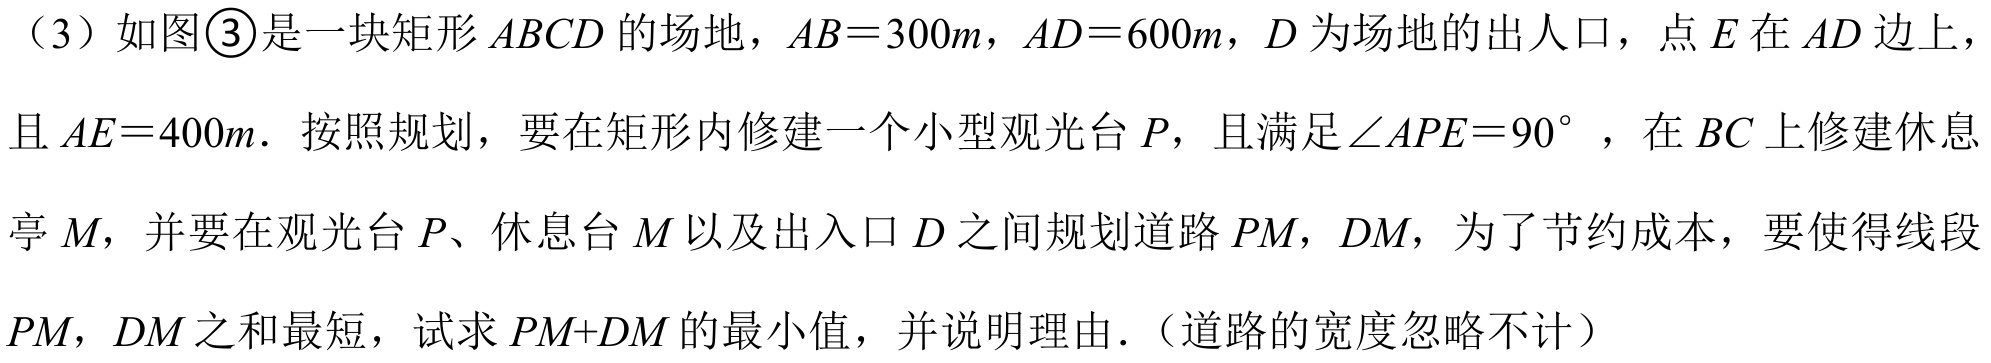
（3）如图\textcircled{3}是一块矩形\(ABCD\)的场地，\(AB = 300m\)，\(AD = 600m\)，\(D\)为场地的出入口，点\(E\)在\(AD\)边上，且\(AE = 400m\)．按照规划，要在矩形内修建一个小型观光台\(P\)，且满足\(\angle APE = 90^{\circ}\)，在\(BC\)上修建休息亭\(M\)，并要在观光台\(P\)、休息台\(M\)以及出入口\(D\)之间规划道路\(PM\)，\(DM\)，为了节约成本，要使得线段\(PM\)，\(DM\)之和最短，试求\(PM + DM\)的最小值，并说明理由．（道路的宽度忽略不计）